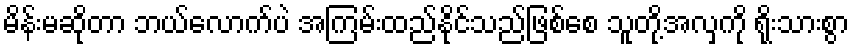
မိန်းမဆိုတာ ဘယ်လောက်ပဲ အကြမ်းထည်နိုင်သည်ဖြစ်စေ သူတို့အလှကို ရိုးသားစွာ